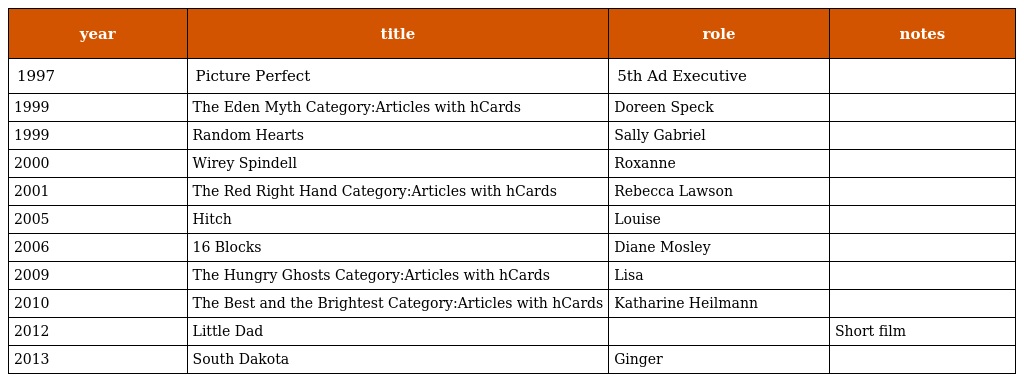
| year | title | role | notes |
 | --- | --- | --- | --- |
 | 1997 | Picture Perfect | 5th Ad Executive |  |
 | 1999 | The Eden Myth Category:Articles with hCards | Doreen Speck |  |
 | 1999 | Random Hearts | Sally Gabriel |  |
 | 2000 | Wirey Spindell | Roxanne |  |
 | 2001 | The Red Right Hand Category:Articles with hCards | Rebecca Lawson |  |
 | 2005 | Hitch | Louise |  |
 | 2006 | 16 Blocks | Diane Mosley |  |
 | 2009 | The Hungry Ghosts Category:Articles with hCards | Lisa |  |
 | 2010 | The Best and the Brightest Category:Articles with hCards | Katharine Heilmann |  |
 | 2012 | Little Dad |  | Short film |
 | 2013 | South Dakota | Ginger |  |